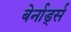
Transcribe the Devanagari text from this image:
बेर्नार्ड्स